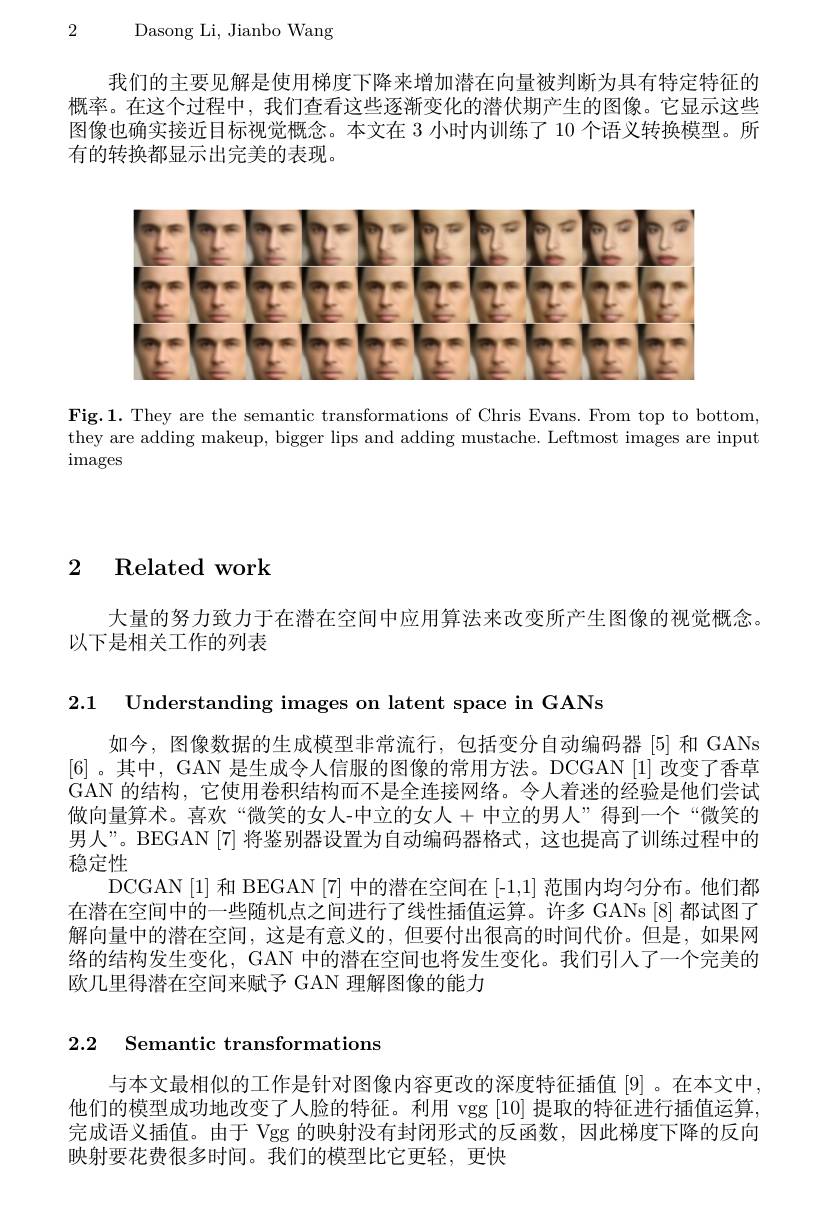
2 Dasong Li, Jianbo Wang

我们的主要见解是使用梯度下降来增加潜在向量被判断为具有特定特征的概率。在这个过程中，我们查看这些逐渐变化的潜伏期产生的图像。它显示这些图像也确实接近目标视觉概念。本文在 3 小时内训练了 10 个语义转换模型。所有的转换都显示出完美的表现。

<FigureHere>

Fig.1. They are the semantic transformations of Chris Evans. From top to bottom, they are adding makeup, bigger lips and adding mustache. Leftmost images are input images

# 2 Related work

大量的努力致力于在潜在空间中应用算法来改变所产生图像的视觉概念。
以下是相关工作的列表

2.1 Understanding images on latent space in GANs

如今，图像数据的生成模型非常流行，包括变分自动编码器[5]和 GANs [6]。其中，GAN 是生成令人信服的图像的常用方法。DCGAN [1] 改变了香草GAN 的结构，它使用卷积结构而不是全连接网络。令人着迷的经验是他们尝试做向量算术。喜欢“微笑的女人-中立的女人 + 中立的男人”得到一个“微笑的男人”。BEGAN [7] 将鉴别器设置为自动编码器格式，这也提高了训练过程中的稳定性
DCGAN[1] 和 BEGAN [7] 中的潜在空间在 [-1,1] 范围内均匀分布。他们都在潜在空间中的一些随机点之间进行了线性插值运算。许多 GANs [8] 都试图了解向量中的潜在空间，这是有意义的，但要付出很高的时间代价。但是，如果网络的结构发生变化，GAN 中的潜在空间也将发生变化。我们引人了一个完美的欧几里得潜在空间来赋予 GAN 理解图像的能力

## 2.2 Semantic transformations

与本文最相似的工作是针对图像内容更改的深度特征插值[9]。在本文中， 他们的模型成功地改变了人脸的特征。利用 vgg [10] 提取的特征进行插值运算完成语义插值。由于 Vgg 的映射没有封闭形式的反函数，因此梯度下降的反向映射要花费很多时间。我们的模型比它更轻，更快